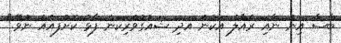
ބާސާ އިން ނާއި ރެއާލް އަކުން އަދި ޝައުގުވެރިކަން ފާޅު ކޮށްފައެއް ނުވޭ."